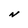
Character: N